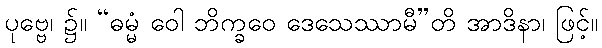
ပုဗ္ဗေ၊ ၌။ “ဓမ္မံ ဝေါ ဘိက္ခဝေ ဒေသေဿာမီ”တိ အာဒိနာ၊ ဖြင့်။